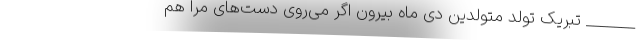
_______ تبریک تولد متولدین دی ماه بیرون اگر می‌روی دست‌های مرا هم